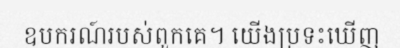
ឧបករណ៍របស់ពួកគេ។ យើងប្រទះឃើញ